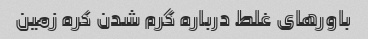
باورهای غلط درباره گرم شدن کره زمین